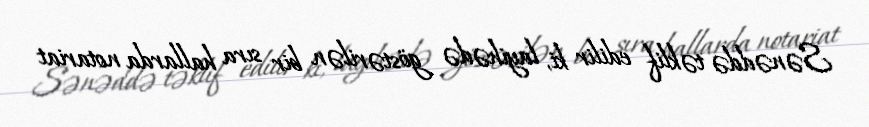
Sənəddə təklif edilir ki, layihədə göstərilən bir sıra hallarda notariat